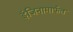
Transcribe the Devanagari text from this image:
इंजिनामार्फत